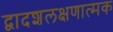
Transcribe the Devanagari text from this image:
द्वादशलक्षणात्मक